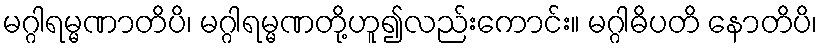
မဂ္ဂါရမ္မဏာတိပိ၊ မဂ္ဂါရမ္မဏတို့ဟူ၍လည်းကောင်း။ မဂ္ဂါဓိပတိ နောတိပိ၊